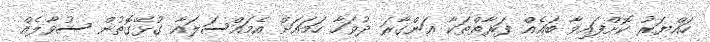
ހައްޔަރު ކޮށްފައިވާ ބައެއް ފަރާތްތަކާ އަންގާރަ ދުވަހާ ހަމައަށް އެމައްސަލައާ ގުޅޭގޮތުން ސުވާލެއް